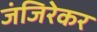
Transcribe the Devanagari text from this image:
जंजिरेकर